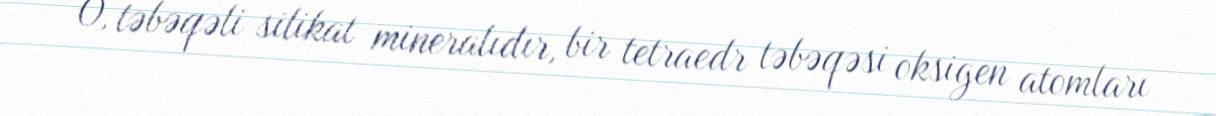
O, təbəqəli silikat mineralıdır, bir tetraedr təbəqəsi oksigen atomları